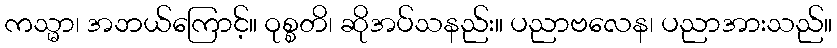
ကသ္မာ၊ အဘယ်ကြောင့်။ ဝုစ္စတိ၊ ဆိုအပ်သနည်း။ ပညာဗလေန၊ ပညာအားသည်။